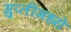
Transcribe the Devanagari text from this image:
गुप्तीमध्ये